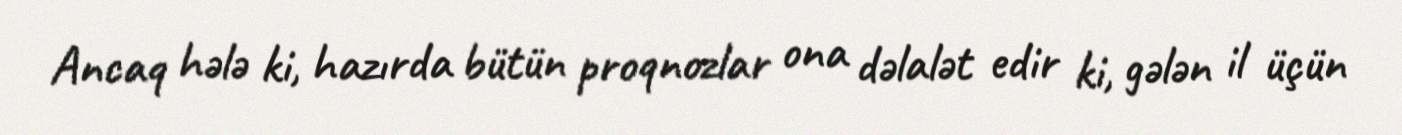
Ancaq hələ ki, hazırda bütün proqnozlar ona dəlalət edir ki, gələn il üçün